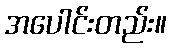
အပေါင်းတည်း။